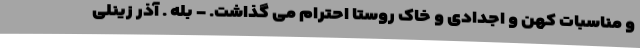
و مناسبات کهن و اجدادی و خاک روستا احترام می گذاشت. - بله . آذر زینلی